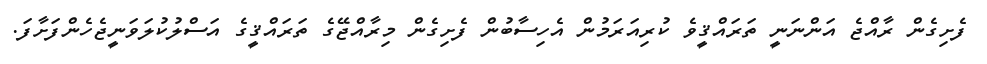
ފެށިގެން ރާއްޖެ އަންނަނީ ތަރައްޤީވެ ކުރިއަރަމުން އެހިސާބުން ފެށިގެން މިރާއްޖޭގެ ތަރައްޤީގެ އަސްލުކުލަވަނީޖެހެންފަށާފަ.